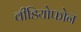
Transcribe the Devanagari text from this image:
वीडियोफोन